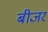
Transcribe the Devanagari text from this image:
बीजर